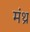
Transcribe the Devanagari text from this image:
मंथ्र